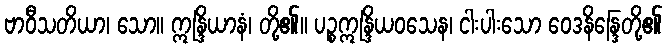
ဗာဝီသတိယာ၊ သော။ ဣန္ဒြိယာနံ၊ တို့၏။ ပဉ္စဣန္ဒြိယဝသေန၊ ငါးပါးသော ဝေဒနိန္ဒြေတို့၏